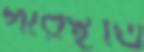
পরিস্থতি